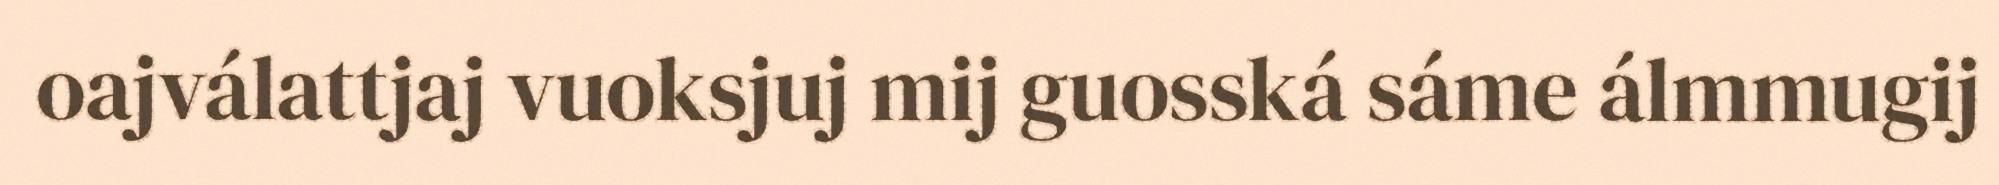
oajválattjaj vuoksjuj mij guosská sáme álmmugij